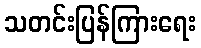
သတင်းပြန်ကြားရေး